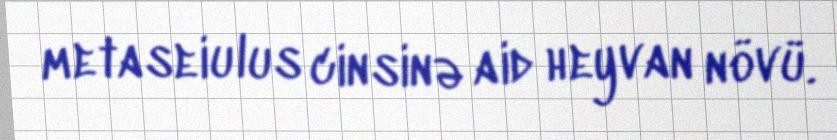
metaseiulus cinsinə aid heyvan növü.